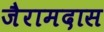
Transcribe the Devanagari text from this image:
जैरामदास